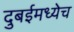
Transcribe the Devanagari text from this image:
दुबईमध्येच